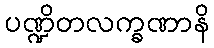
ပဏ္ဍိတလက္ခဏာနိ